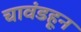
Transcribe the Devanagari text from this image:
चावंडहून